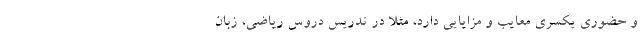
و حضوری یکسری معایب و مزایایی دارد، مثلا در تدریس دروس ریاضی، زبان